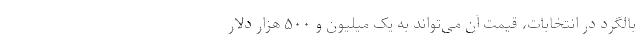
بالگرد در انتخابات، قیمت آن می‌تواند به یک میلیون و ۵۰۰ هزار دلار